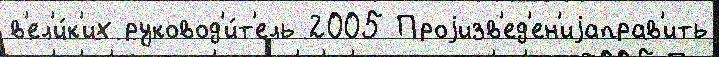
в'ел'и́к'их руковод'и́т'ель 2005 Проjизв'ед'ен'иjаправ'ить